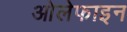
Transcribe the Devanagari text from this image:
ओलेफाइन